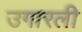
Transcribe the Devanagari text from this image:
उगारली